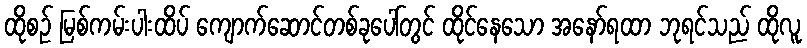
ထိုစဉ် မြစ်ကမ်းပါးထိပ် ကျောက်ဆောင်တစ်ခုပေါ်တွင် ထိုင်နေသော အနော်ရထာ ဘုရင်သည် ထိုလူ